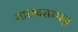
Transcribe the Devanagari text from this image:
साधनसम्पन्न